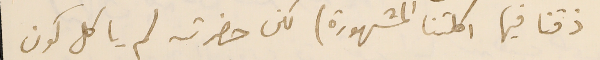
ذقنا فيها اكلتنا المشهورة) لكن حضرته لم ياكل كون